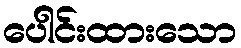
ပေါင်းထားသော